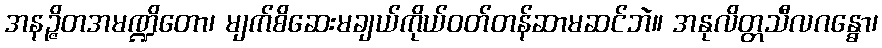
အနဉ္ဇိတအမဏ္ဍိတော၊ မျက်စိဆေးမချယ်ကိုယ်ဝတ်တန်ဆာမဆင်ဘဲ။ အနုလိတ္တသီလဂန္ဓော၊